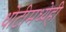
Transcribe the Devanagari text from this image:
धोटीमध्येही